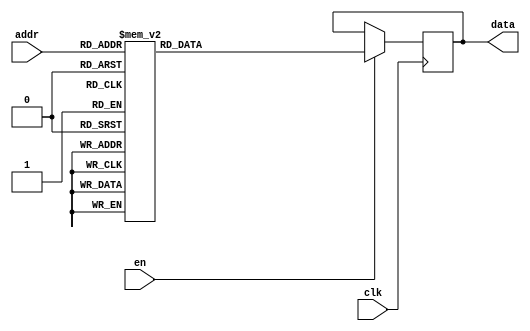
/*
 *   Maze rom file #2.
 *   Format: each byte indicates maps row.
 *   Opened cell is marked as True  (1)
 *   Closed cell is marked as False (0)
 *
 *   Start / end point format
 *   
 *   +---------+---------+------+------+------+------+------+------+
 *   |Preserved|Preserved|row(2)|row(1)|row(0)|col(2)|col(1)|col(0)|
 *   +---------+---------+------+------+------+------+------+------+
 *
 *   Start point address : 0b1000
 *   End point address   : 0b1001
 *
 */

module maprom2(clk, en, addr, data);
	input clk;
	input en;
	input [3:0] addr;
	output reg [7:0] data;

	always @(posedge clk)
	begin
		if(en)
		begin
			case(addr)
				4'b0000: data <= 8'b00001111;
				4'b0001: data <= 8'b11111100;
				4'b0010: data <= 8'b00100111;
				4'b0011: data <= 8'b11101010;
				4'b0100: data <= 8'b10001110;
				4'b0101: data <= 8'b10010010;
				4'b0110: data <= 8'b10110110;
				4'b0111: data <= 8'b11100100;
				4'b1000: data <= 8'b00011000;
				4'b1001: data <= 8'b00111101;
				default: data <= 0;
			endcase
		end
	end
endmodule